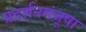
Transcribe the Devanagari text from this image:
प्रदर्शनमंजूषा